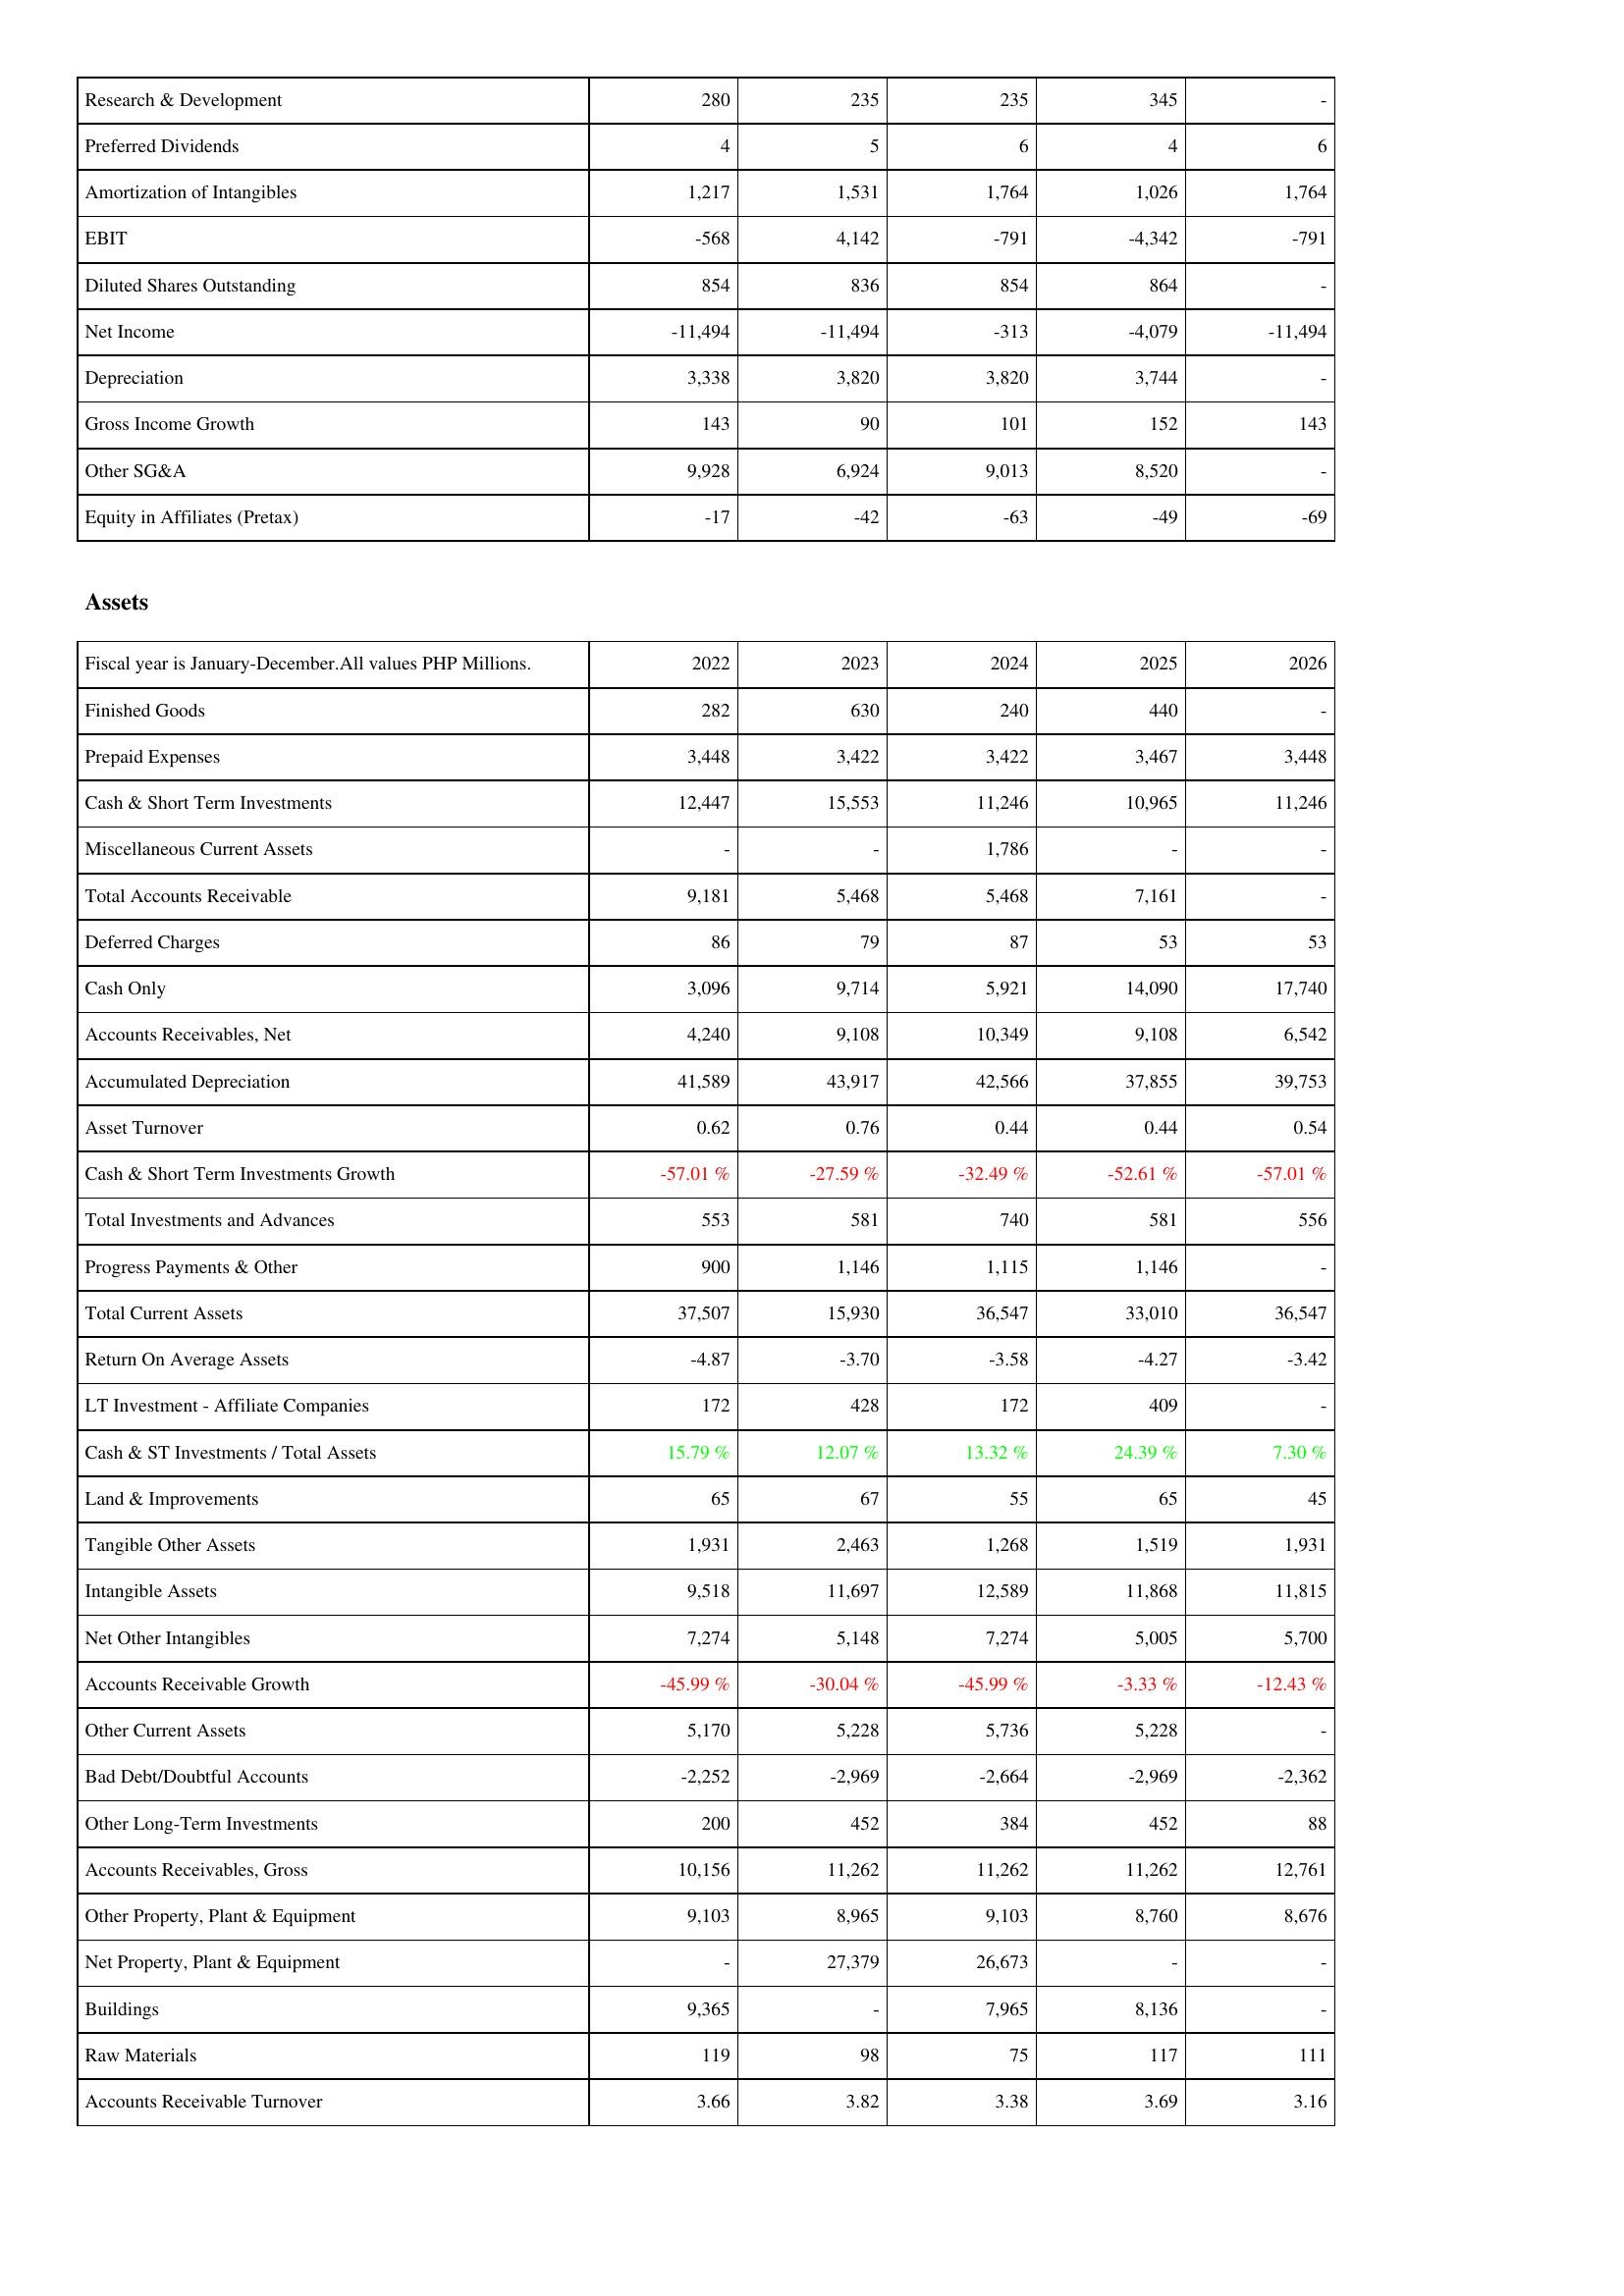
2022: Income Statement: Research & Development: 280
Preferred Dividends: 4
Amortization of Intangibles: 1,217
EBIT: -568
Diluted Shares Outstanding: 854
Net Income: -11,494
Depreciation: 3,338
Gross Income Growth: 143
Other SG&A: 9,928
Equity in Affiliates (Pretax): -17
Assets: Finished Goods: 282
Prepaid Expenses: 3,448
Cash & Short Term Investments: 12,447
Miscellaneous Current Assets: -
Total Accounts Receivable: 9,181
Deferred Charges: 86
Cash Only: 3,096
Accounts Receivables, Net: 4,240
Accumulated Depreciation: 41,589
Asset Turnover: 0.62
Cash & Short Term Investments Growth: -57.01 %
Total Investments and Advances: 553
Progress Payments & Other: 900
Total Current Assets: 37,507
Return On Average Assets: -4.87
LT Investment - Affiliate Companies: 172
Cash & ST Investments / Total Assets: 15.79 %
Land & Improvements: 65
Tangible Other Assets: 1,931
Intangible Assets: 9,518
Net Other Intangibles: 7,274
Accounts Receivable Growth: -45.99 %
Other Current Assets: 5,170
Bad Debt/Doubtful Accounts: -2,252
Other Long-Term Investments: 200
Accounts Receivables, Gross: 10,156
Other Property, Plant & Equipment: 9,103
Net Property, Plant & Equipment: -
Buildings: 9,365
Raw Materials: 119
Accounts Receivable Turnover: 3.66
2023: Income Statement: Research & Development: 235
Preferred Dividends: 5
Amortization of Intangibles: 1,531
EBIT: 4,142
Diluted Shares Outstanding: 836
Net Income: -11,494
Depreciation: 3,820
Gross Income Growth: 90
Other SG&A: 6,924
Equity in Affiliates (Pretax): -42
Assets: Finished Goods: 630
Prepaid Expenses: 3,422
Cash & Short Term Investments: 15,553
Miscellaneous Current Assets: -
Total Accounts Receivable: 5,468
Deferred Charges: 79
Cash Only: 9,714
Accounts Receivables, Net: 9,108
Accumulated Depreciation: 43,917
Asset Turnover: 0.76
Cash & Short Term Investments Growth: -27.59 %
Total Investments and Advances: 581
Progress Payments & Other: 1,146
Total Current Assets: 15,930
Return On Average Assets: -3.70
LT Investment - Affiliate Companies: 428
Cash & ST Investments / Total Assets: 12.07 %
Land & Improvements: 67
Tangible Other Assets: 2,463
Intangible Assets: 11,697
Net Other Intangibles: 5,148
Accounts Receivable Growth: -30.04 %
Other Current Assets: 5,228
Bad Debt/Doubtful Accounts: -2,969
Other Long-Term Investments: 452
Accounts Receivables, Gross: 11,262
Other Property, Plant & Equipment: 8,965
Net Property, Plant & Equipment: 27,379
Buildings: -
Raw Materials: 98
Accounts Receivable Turnover: 3.82
2024: Income Statement: Research & Development: 235
Preferred Dividends: 6
Amortization of Intangibles: 1,764
EBIT: -791
Diluted Shares Outstanding: 854
Net Income: -313
Depreciation: 3,820
Gross Income Growth: 101
Other SG&A: 9,013
Equity in Affiliates (Pretax): -63
Assets: Finished Goods: 240
Prepaid Expenses: 3,422
Cash & Short Term Investments: 11,246
Miscellaneous Current Assets: 1,786
Total Accounts Receivable: 5,468
Deferred Charges: 87
Cash Only: 5,921
Accounts Receivables, Net: 10,349
Accumulated Depreciation: 42,566
Asset Turnover: 0.44
Cash & Short Term Investments Growth: -32.49 %
Total Investments and Advances: 740
Progress Payments & Other: 1,115
Total Current Assets: 36,547
Return On Average Assets: -3.58
LT Investment - Affiliate Companies: 172
Cash & ST Investments / Total Assets: 13.32 %
Land & Improvements: 55
Tangible Other Assets: 1,268
Intangible Assets: 12,589
Net Other Intangibles: 7,274
Accounts Receivable Growth: -45.99 %
Other Current Assets: 5,736
Bad Debt/Doubtful Accounts: -2,664
Other Long-Term Investments: 384
Accounts Receivables, Gross: 11,262
Other Property, Plant & Equipment: 9,103
Net Property, Plant & Equipment: 26,673
Buildings: 7,965
Raw Materials: 75
Accounts Receivable Turnover: 3.38
2025: Income Statement: Research & Development: 345
Preferred Dividends: 4
Amortization of Intangibles: 1,026
EBIT: -4,342
Diluted Shares Outstanding: 864
Net Income: -4,079
Depreciation: 3,744
Gross Income Growth: 152
Other SG&A: 8,520
Equity in Affiliates (Pretax): -49
Assets: Finished Goods: 440
Prepaid Expenses: 3,467
Cash & Short Term Investments: 10,965
Miscellaneous Current Assets: -
Total Accounts Receivable: 7,161
Deferred Charges: 53
Cash Only: 14,090
Accounts Receivables, Net: 9,108
Accumulated Depreciation: 37,855
Asset Turnover: 0.44
Cash & Short Term Investments Growth: -52.61 %
Total Investments and Advances: 581
Progress Payments & Other: 1,146
Total Current Assets: 33,010
Return On Average Assets: -4.27
LT Investment - Affiliate Companies: 409
Cash & ST Investments / Total Assets: 24.39 %
Land & Improvements: 65
Tangible Other Assets: 1,519
Intangible Assets: 11,868
Net Other Intangibles: 5,005
Accounts Receivable Growth: -3.33 %
Other Current Assets: 5,228
Bad Debt/Doubtful Accounts: -2,969
Other Long-Term Investments: 452
Accounts Receivables, Gross: 11,262
Other Property, Plant & Equipment: 8,760
Net Property, Plant & Equipment: -
Buildings: 8,136
Raw Materials: 117
Accounts Receivable Turnover: 3.69
2026: Income Statement: Research & Development: -
Preferred Dividends: 6
Amortization of Intangibles: 1,764
EBIT: -791
Diluted Shares Outstanding: -
Net Income: -11,494
Depreciation: -
Gross Income Growth: 143
Other SG&A: -
Equity in Affiliates (Pretax): -69
Assets: Finished Goods: -
Prepaid Expenses: 3,448
Cash & Short Term Investments: 11,246
Miscellaneous Current Assets: -
Total Accounts Receivable: -
Deferred Charges: 53
Cash Only: 17,740
Accounts Receivables, Net: 6,542
Accumulated Depreciation: 39,753
Asset Turnover: 0.54
Cash & Short Term Investments Growth: -57.01 %
Total Investments and Advances: 556
Progress Payments & Other: -
Total Current Assets: 36,547
Return On Average Assets: -3.42
LT Investment - Affiliate Companies: -
Cash & ST Investments / Total Assets: 7.30 %
Land & Improvements: 45
Tangible Other Assets: 1,931
Intangible Assets: 11,815
Net Other Intangibles: 5,700
Accounts Receivable Growth: -12.43 %
Other Current Assets: -
Bad Debt/Doubtful Accounts: -2,362
Other Long-Term Investments: 88
Accounts Receivables, Gross: 12,761
Other Property, Plant & Equipment: 8,676
Net Property, Plant & Equipment: -
Buildings: -
Raw Materials: 111
Accounts Receivable Turnover: 3.16